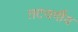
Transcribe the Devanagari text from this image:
तटवर्गीय